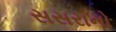
સસરાનો